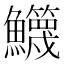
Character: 𩽣